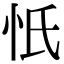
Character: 忯